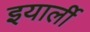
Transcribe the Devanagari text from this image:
इयार्ली